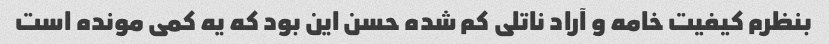
بنظرم کیفیت خامه و آراد ناتلی کم شده حسن این بود که یه کمی مونده است